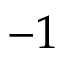
- 1